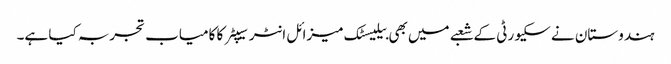
ہندوستان نے سکیورٹی کے شعبے میں بھی بیلیسٹک میزائل انٹرسیپٹر کا کامیاب تجربہ کیا ہے۔